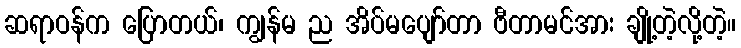
ဆရာဝန်က ပြောတယ်၊ ကျွန်မ ည အိပ်မပျော်တာ ဗီတာမင်အား ချို့တဲ့လို့တဲ့။